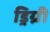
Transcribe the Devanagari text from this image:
ड्रिग्री